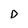
Character: D